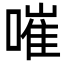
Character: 嗺